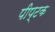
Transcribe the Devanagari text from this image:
पीप्टक